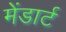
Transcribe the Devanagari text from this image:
मेंडार्ट